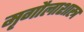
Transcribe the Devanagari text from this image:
मृगौलाशास्त्र